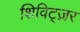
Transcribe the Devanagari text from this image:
शिविट्ज़र